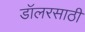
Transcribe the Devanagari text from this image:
डॉलरसाठी